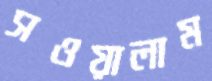
সওয়ালাম